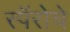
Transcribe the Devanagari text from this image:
स्पॅरोचे